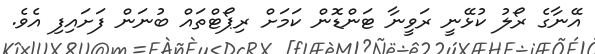
އޭނާގެ ރޯލު ކުޅޭނީ ރަވީނާ ޓަންޑޮން ކަމަށް ރިޕޯޓްތައް ބުނަން ފަށައިފި އެވެ.